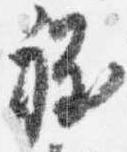
程